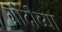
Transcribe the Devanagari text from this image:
गोंदीच्या